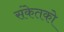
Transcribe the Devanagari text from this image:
संकेतको